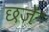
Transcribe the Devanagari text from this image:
छजे